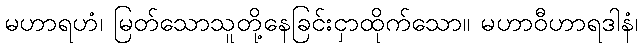
မဟာရဟံ၊ မြတ်သောသူတို့နေခြင်းငှာထိုက်သော။ မဟာဝီဟာရဒါနံ၊